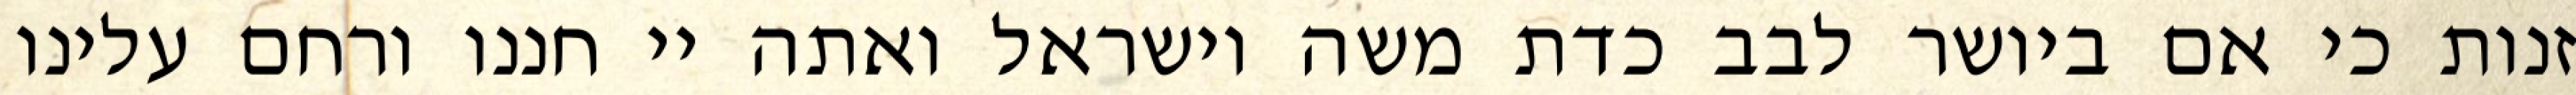
זנות כי אם ביושר לבב כדת משה וישראל ואתה יי חננו ורחם עלינו